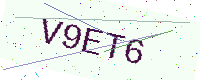
Text: V9ET6